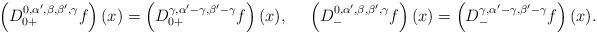
LaTeX: \begin{align*}\left(D_{0+}^{0,\alpha',\beta,\beta',\gamma}f\right)(x)=\left(D_{0+}^{\gamma,\alpha'-\gamma,\beta'-\gamma}f\right)(x),\ \ \ \ \left(D_{-}^{0,\alpha',\beta,\beta',\gamma}f\right)(x)=\left(D_{-}^{\gamma,\alpha'-\gamma,\beta'-\gamma}f\right)(x).\end{align*}